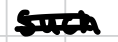
Text: such
Cross-out: double-line
Writing tool: digital_black